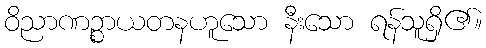
ဝိညာဏဉ္စာယတနဟူသော နီးသော ရန်သူရှိ၏။